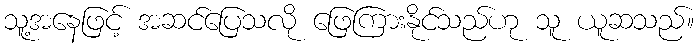
သူ့အနေဖြင့် အဆင်ပြေသလို ဖြေကြားနိုင်သည်ဟု သူ ယူဆသည်။